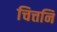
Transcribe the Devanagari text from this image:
चित्तनि